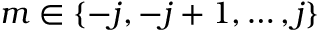
m \in \{ - j , - j + 1 , \dots , j \}